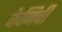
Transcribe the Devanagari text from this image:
केनिची